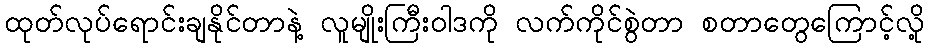
ထုတ်လုပ်ရောင်းချနိုင်တာနဲ့ လူမျိုးကြီးဝါဒကို လက်ကိုင်စွဲတာ စတာတွေကြောင့်လို့